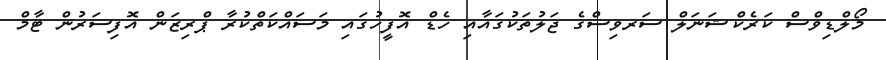
މޯލްޑިވްސް ކަރެކްޝަނަލް ސަރވިސްގެ ޖަލުތަކުގައާއި ހެޑް އޮފީހުގައި މަސައްކަތްކުރާ ޕްރިޒަން އޮފިސަރުން ޓާމް